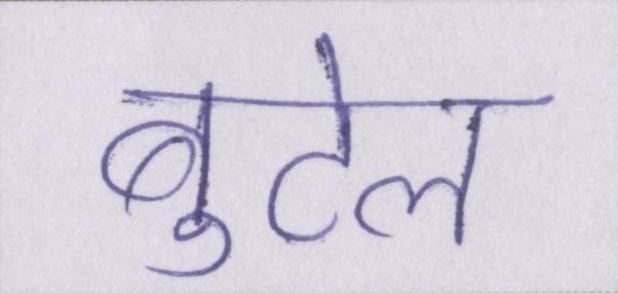
बुटेल